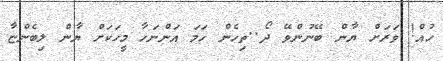
ހުއް! ވަރަށް ޔާން ބޭނުންވޭ ދޯ..ތިހެން ހަމަ އަންނަހާ މީހަކަށް ޔާން ލިބެންޏާ